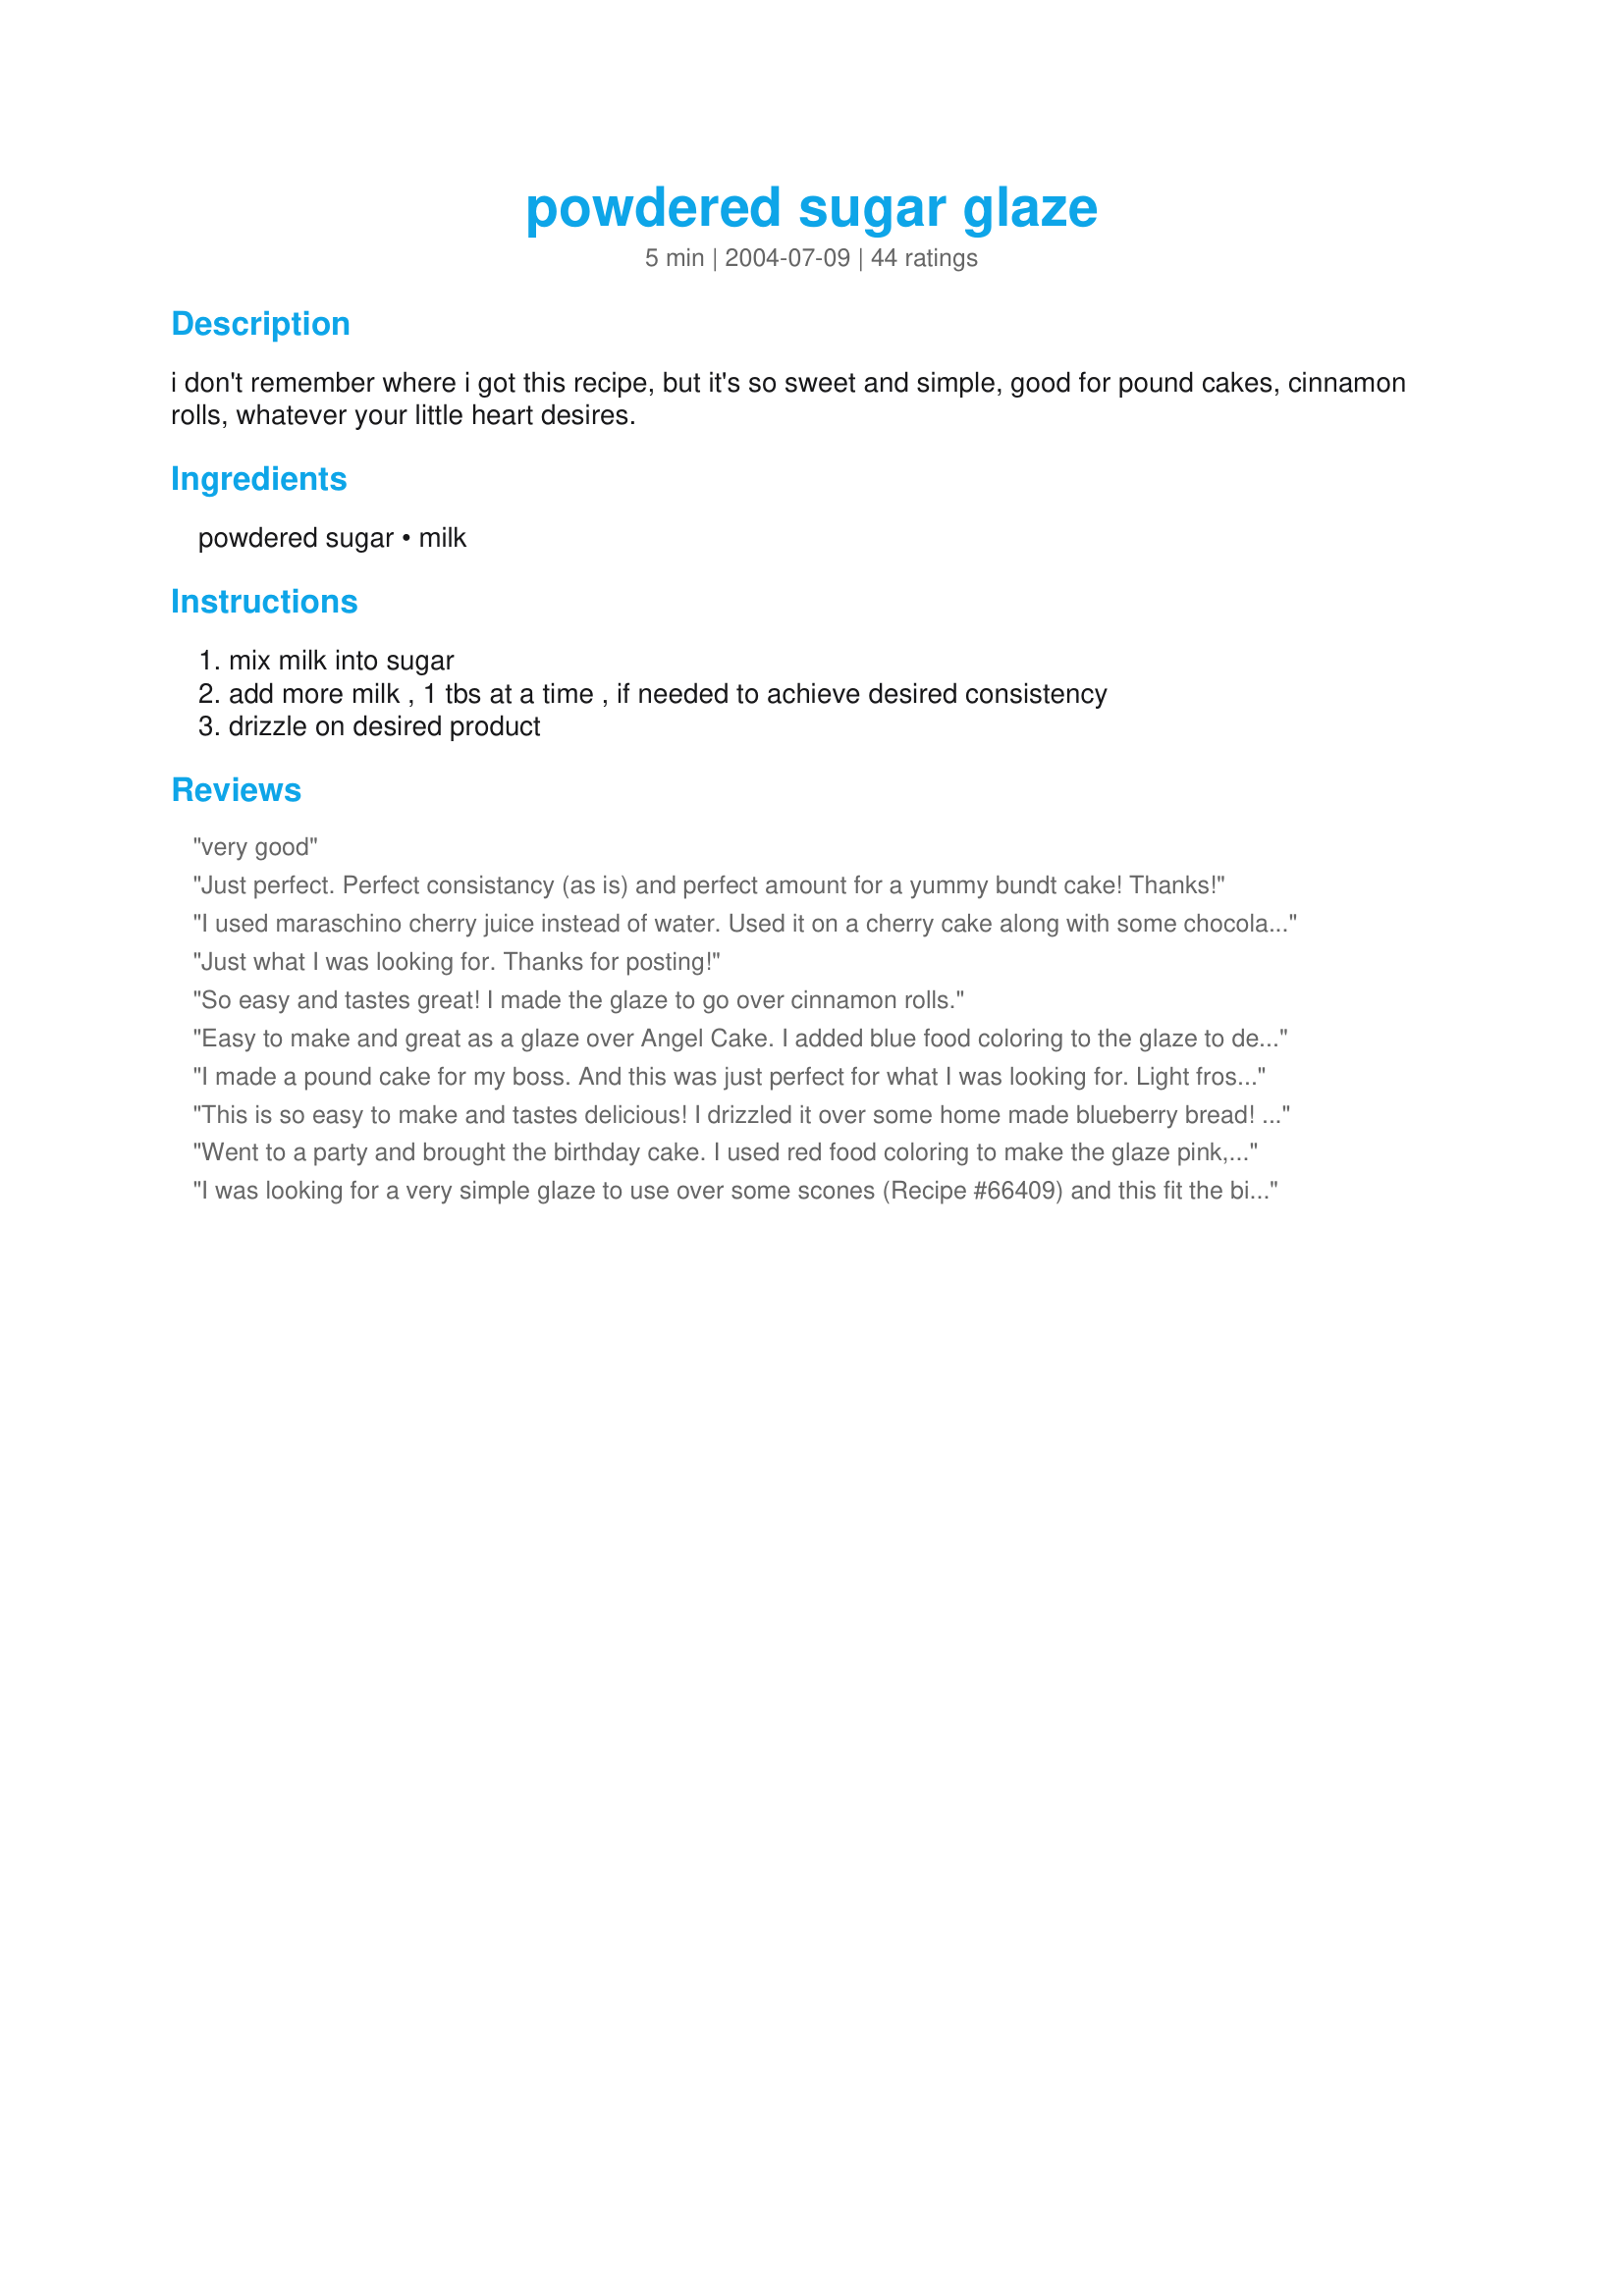
powdered sugar glaze
Preparation time: 5 minutes

i don't remember where i got this recipe, but it's so sweet and simple, good for pound cakes, cinnamon rolls, whatever your little heart desires.

Ingredients:
powdered sugar, milk

Steps:
mix milk into sugar, add more milk , 1 tbs at a time , if needed to achieve desired consistency, drizzle on desired product

Reviews:
very good
Just perfect. Perfect consistancy (as is) and perfect amount for a yummy bundt cake! Thanks!
I used maraschino cherry juice instead of water. Used it on a cherry cake along with some chocolate drizzle. Delicious.
Just what I was looking for. Thanks for posting!
So easy and tastes great! I made the glaze to go over cinnamon rolls.
Easy to make and great as a glaze over Angel Cake. I added blue food coloring to the glaze to decorate my son's birthday cake. Worked like a charm!
I made a pound cake for my boss. And this was just perfect for what I was looking for. Light frosting, not that heavy store bought one. Thanks for this super easy receipe.
This is so easy to make and tastes delicious! I drizzled it over some home made blueberry bread! Yummy!
Went to a party and brought the birthday cake. I used red food coloring to make the glaze pink, and used this glaze on a delicious Recipe #12591. So simple and absolutely necessary on this cake :) Delicious glaze Kay!
I was looking for a very simple glaze to use over some scones (Recipe #66409) and this fit the bill perfectly! So easy to make and easy to clean up! I cut this portion size in half with no problems. Thanks for sharing!
This turned out perfect. Thank you!
one word, PERFECT!
What a convenient and easy recipe. I used this to top deep fried chocolate pies I made out of the chocolate cream pie recipe #43100 by Peggy and refrigerated biscuits. Thank you for this perfect glaze.
The most simplest recipe given. Thank you. Ann Roslevich
Perfect simple glaze.
AWESOME! easy and not to think, not to runny! used it on chocolate cupcakes as i don't care for thick frosting and it was amazing!
great glaze and so easy, I did add 1/2 tsp of vanilla extract...put on my homemade cinnamon rolls..
perfect for frosting gingerbread cookies! i added an extra 1/3 c. powdered sugar to make it spreading consistency.
SOOO simple! I add a teaspoon of Watkins banana flavoring to glaze banana bundt cakes, raspberry for petit fours, etc. (no, I don&#039;t sell Watkins, I just really like their flavoring). You can glaze anything with this...thicker for some, thinner for others.
It was an amazing glaze! Perfect for the sour cream cake I had made. I wanted thinner, but then decided against it, and it's perfect for the top! I didn't need as much, so only used 1/4 cup of sugar, powdered it in a blender, and then added 2 tbsp of milk ... thank you SO much for this!
This was excellent, and just perfect for its use. I made it to drizzle over a coffee cake, and it not only added a slight, subtle sweetness but also gave the cake a fancier touch. Perfect and so easy! Thanks.
I made a King cake for Fat Tuesday and didn't feel like frosting it so I used this glaze. This is a wonderful, easy recipe to make and it worked great. I glazed two large King cakes. Thanks for posting a recipe that I will use over and over.
Very good. Use it on cinnamon rolls. Thank you!
P-e-r-f-e-c-t-i-o-n!!!!!!!
This was extremely easy and completely versatile. I made it to top Recipe #57007, and added some root beer concentrate (decreasing milk a bit) to make it a flavored glaze. Thank you for posting, I'll be coming back to this one often.
kay,Cinnamon rolls is one of my BIG downfalls,I LOVE them, and this icing is perfect for them,The only thing I did different was to add just a bit of vanilla to it.I make these cinnamon rolls about once a month,so I will be making this Icing about once a month too.Thanks,Darlene
I made this glaze to go on #84829 Baked Donut Muffins and they were sooo good. I added just a little more powdered sugar to make it a little thicker and let them set for about 30 minutes. My son loved them....
Perfect! Exactly what I needed for my Graham Streusel Coffee Cake- Thanks Kay! Steph
Ahhah! A simple powdered sugar glaze... which is exactly what I needed for the "Cinnamon Flop" recipe I found on Zaar. Thanks!
I already had this recipe. It's just so simple and tastes so good!
This was perfect for what i needed it for, i sprend it on Kittencal's Easy Cinnamon Flop
Recipe #77397! Delish!
I did add some vanilla extract to this just for some extra flavor!
Thanks for this recipe!
Worked wonderful! I used this on Recipe #244361 Thanks for sharing the recipe!
I made this for some cinnamon rolls I made,, so quick , easy & tasty. I made sure I kept it in my recipe drawer.
Added a wee bit more milk but this was just what I needed to top a cinnamon cake. Thx.
I use this on homemade doughnuts and doughnut holes. It is excellent. I usually add a dash of salt to get rid of the "powdery" taste. It really doesn't need butter or vanilla. It is the closest thing to store bought doughnut glaze...especially if you let the doughnuts sit for at least two to three hours before eat. I know that is difficult. LOL.
This was good. I didn't use as much sugar because I didn't need that much. (Only used 3/4c sugar and 1tbsp milk)
Delicious. Next time I will add a drop of vanilla too. Used it on top of Recipe #206434. Thanks Demonbren! Made for Help a Naked Recipe game.
Thank you! I needed a glaze for my huckleberry coffee cake
I drizzled this over the top of a loaf of banana bread that I made. It was perfect. Thanks for posting!
Absolutely perfect. You can virtually put anything in it to make it any flavor.
I used it on some cinnamon rolls. Perfect!
Thank you! This was exactly what i was looking for to put on a blueberry lemon cake I made...(and didn't want to use the lemon glaze that was with the recipe). So easy to make and delicious. Advice to others..do not pour on cake until it has cooled completely. I didn't have patience and only let it cool a little bit...so when I "piped" the glaze on with a plastic bag, it just oozed down and did not stick.(And the color of the glaze would not stay on the cake.) I want to see the color of the icing so I will reapply now that it has cooled 100%. Thanks so...easy and delicious.
Turned out really great, drizzled it over my bundt cake.looked really pretty, have not tried it yet. But will, here shortly, will be a snack later on. Thanks for posting.
this is the same recipe i learned from my mother, who learned it from her mother ... we make it on the thick side, and spread it on sugar cookies. the only difference is we add the sliiightest big of anise seed extract. they are SPECTACULAR, my most favorite cookie of all time. and fun to decorate with sprinkles and colored sugar!
